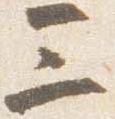
三